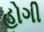
હોગી